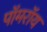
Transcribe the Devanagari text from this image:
पॉमरॉय